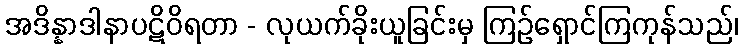
အဒိန္နာဒါနာပဋိဝိရတာ - လုယက်ခိုးယူခြင်းမှ ကြဉ်ရှောင်ကြကုန်သည်၊